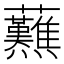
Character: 䖄